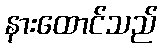
နားထောင်သည်